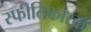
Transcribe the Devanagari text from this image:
स्फीतिकारक